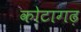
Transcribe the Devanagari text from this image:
कोटागढ़